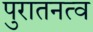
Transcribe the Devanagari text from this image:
पुरातनत्व